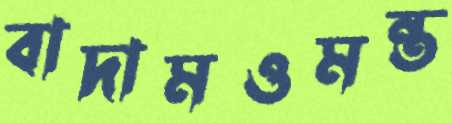
বাদামওমন্ত